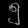
Digit: ၅